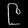
Digit: ၉